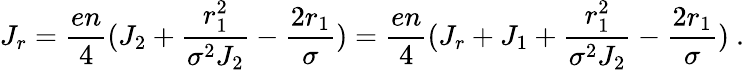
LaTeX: J_{r}={\frac{en}{4}}(J_{2}+{\frac{r_{1}^{2}}{\sigma^{2}J_{2}}}-{\frac{2r_{1}}{\sigma}})={\frac{en}{4}}(J_{r}+J_{1}+{\frac{r_{1}^{2}}{\sigma^{2}J_{2}}}-{\frac{2r_{1}}{\sigma}})~.